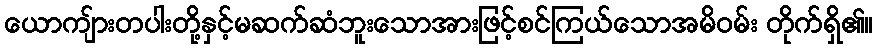
ယောကျ်ားတပါးတို့နှင့်မဆက်ဆံဘူးသောအားဖြင့်စင်ကြယ်သောအမိဝမ်း တိုက်ရှိ၏။